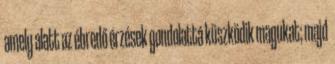
amely alatt az ébredő érzések gondolattá küszködik magukat; majd